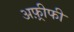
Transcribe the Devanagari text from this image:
अफ़्रीफी